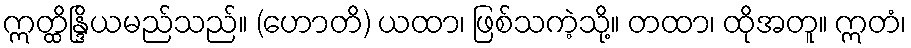
ဣတ္ထိန္ဒြိယမည်သည်။ (ဟောတိ) ယထာ၊ ဖြစ်သကဲ့သို့။ တထာ၊ ထိုအတူ။ ဣတံ၊